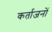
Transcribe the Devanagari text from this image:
कर्ताजनों